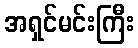
အရှင်မင်းကြီး